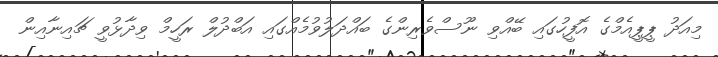
މިއަދު ޕީޕީއެމްގެ އޮފީހުގައި ބޭއްވި ނޫސްވެރިންގެ ބައްދަލުވުމެއްގައި އަބްދުލް ރަހީމް ވިދާޅުވީ ޗައިނާއިން